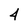
Character: 4